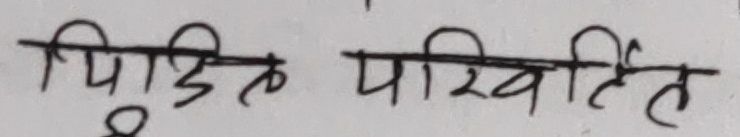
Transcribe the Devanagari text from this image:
पिडित परिवर्तित